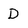
Character: D